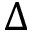
\Delta